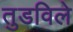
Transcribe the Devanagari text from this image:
तुडविले